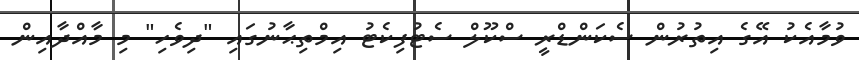
ވުމާއެކު އޭގެ އިތުރުން ސެކަންޑްރީ ސްކޫލް ސެޓުފިކެޓު އިމްތިޙާނުގައި "ދިވެހި" މި މާއްދާއިން